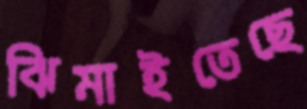
ঝিমাইতেছে